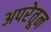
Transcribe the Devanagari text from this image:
अपरेतून